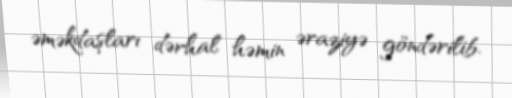
əməkdaşları dərhal həmin əraziyə göndərilib.